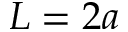
L = 2 a